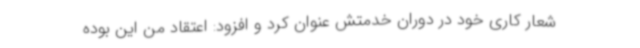
شعار کاری خود در دوران خدمتش عنوان کرد و افزود: اعتقاد من این بوده